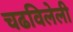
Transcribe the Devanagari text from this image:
चढविलेली